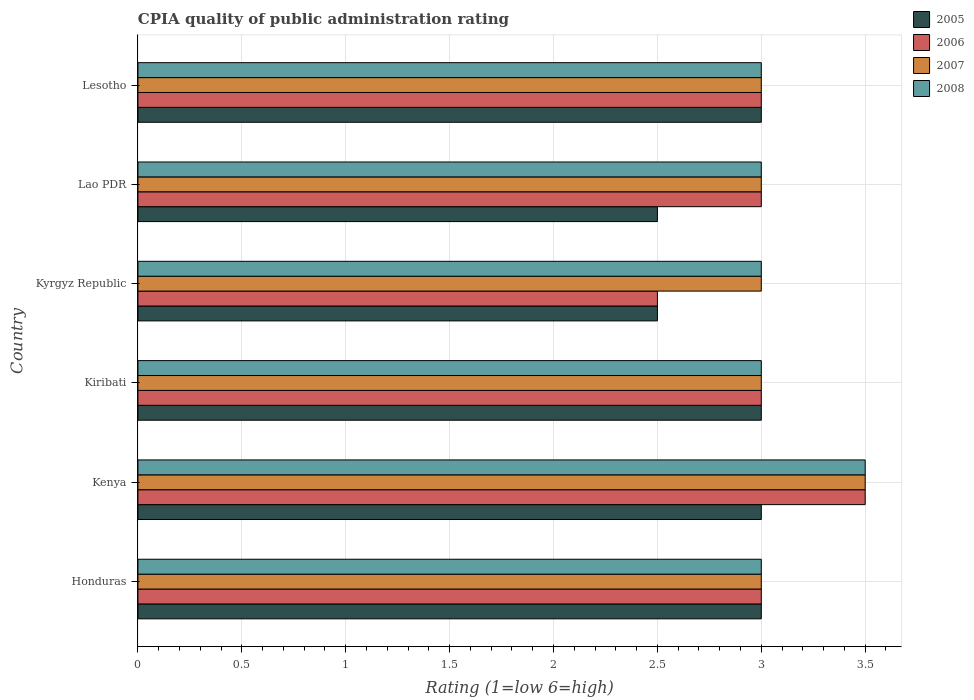
| Country | 2005 | 2006 | 2007 | 2008 |
 | --- | --- | --- | --- | --- |
 | Honduras | 3 | 3 | 3 | 3 |
 | Kenya | 3 | 3.5 | 3.5 | 3.5 |
 | Kiribati | 3 | 3 | 3 | 3 |
 | Kyrgyz Republic | 2.5 | 2.5 | 3 | 3 |
 | Lao PDR | 2.5 | 3 | 3 | 3 |
 | Lesotho | 3 | 3 | 3 | 3 |